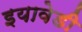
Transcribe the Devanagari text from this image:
इयावेडी